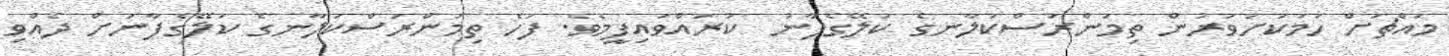
މައްޗަށް ހަމަކަށަވަރުން ތިމަންރަސްކަލާނގެ ކަލޭގެފާނު  ކުރައްވައިފީމެވެ. ފަހެ ތިމަންރަސްކަލާނގެ ކަލޭގެފާނަށް ދެއްވި